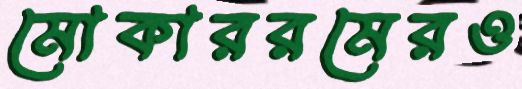
মোকাররমেরও